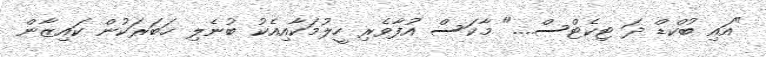
"އައި ބުކްޑް ދަ ޓިކެޓްސް...." މާކަސް އުފާވެރި ހީލުމަކާއިއެކު ބުނެލި ޚަބަރަކުން ކައިޒާން